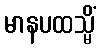
မာနပထသ္မိံ